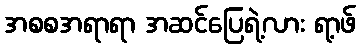
အစစအရာရာ အဆင်ပြေရဲ့လား ရာ့ဖ်